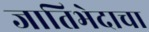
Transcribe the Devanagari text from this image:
जातिभेदाचा